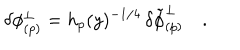
\delta \phi _ { ( p ) } ^ { \perp } = h _ { p } ( y ) ^ { - 1 / 4 } \, \delta { \tilde { \phi } } _ { ( p ) } ^ { \perp } \quad .